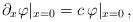
LaTeX: \begin{align*}\partial_x\varphi|_{x=0}=c\,\varphi|_{x=0}\, ,\end{align*}